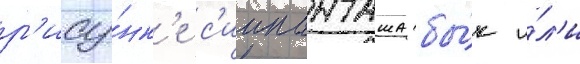
р'ису́нк'е с'иипанташа бы́к и́л'и